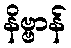
နိဗ္ဗာန်